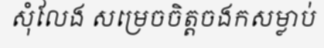
សុំលែង សម្រេចចិត្តចងកសម្លាប់